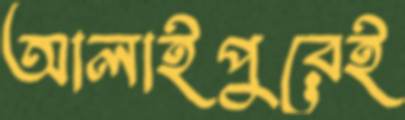
আলাইপুরেই